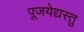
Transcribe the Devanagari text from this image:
पूजयेद्यस्तु